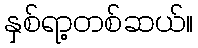
နှစ်ရာ့တစ်ဆယ်။